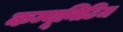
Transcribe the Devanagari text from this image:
कम्यूनिटिज